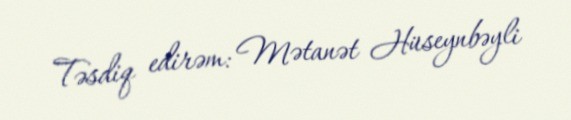
Təsdiq edirəm: Mətanət Hüseynbəyli